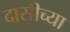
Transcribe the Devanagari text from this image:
दासीच्या